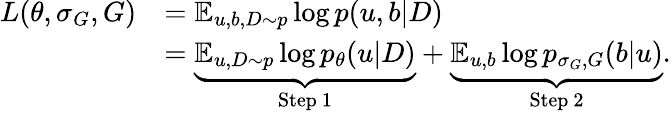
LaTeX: \begin{array}{rl}{L(\theta,\sigma_{G},G)}&{=\mathbb E_{u,b,D\sim p}\log p(u,b\vert D)}\\ &{=\underbrace{\mathbb E_{u,D\sim p}\log p_{\theta}(u\vert D)}_{\mathrm{Step~1}}+\underbrace{\mathbb E_{u,b}\log p_{\sigma_{G},G}(b\vert u)}_{\mathrm{Step~2}}.}\end{array}